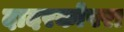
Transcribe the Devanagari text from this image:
दादरकोपरा